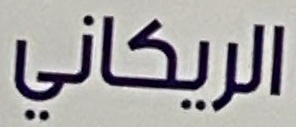
الريكاني